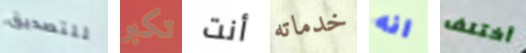
للتصديق تكبر أنت خدماته انه أختلف